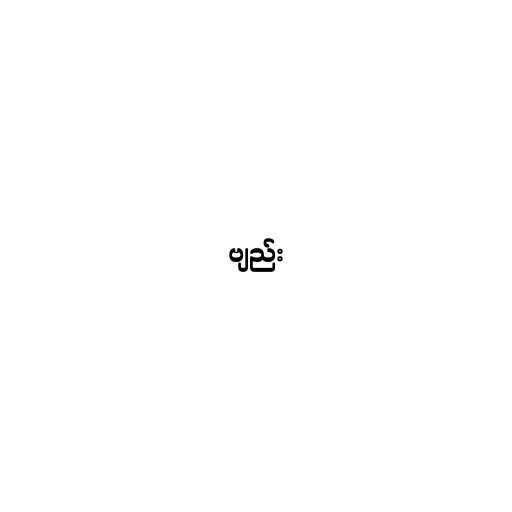
ဗျည်း